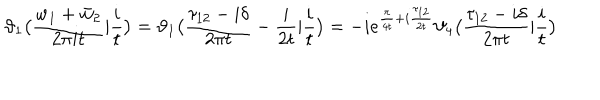
LaTeX: \vartheta _ { 1 } \bigl ( \frac { w _ { 1 } + \bar { w } _ { 2 } } { 2 \pi i t } | \frac { i } { t } \bigr ) = \vartheta _ { 1 } \bigl ( \frac { \tau _ { 1 2 } - i \delta } { 2 \pi t } - \frac { i } { 2 t } | \frac { i } { t } \bigr ) = - i e ^ { \frac { \pi } { 4 t } + i \frac { \tau _ { 1 2 } } { 2 t } } \vartheta _ { 4 } \bigl ( \frac { \tau _ { 1 2 } - i \delta } { 2 \pi t } | \frac { i } { t } \bigr )